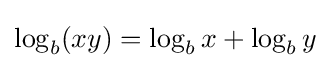
{\textstyle \log _{b}(xy)=\log _{b}x+\log _{b}y}